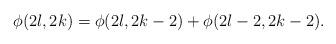
LaTeX: \begin{align*}\phi(2l,2k)=\phi(2l ,2k-2)+\phi(2l -2, 2k-2).\end{align*}